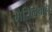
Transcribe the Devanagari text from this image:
मेरिलिबोन